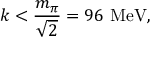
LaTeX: k < { \frac { m _ { \pi } } { \sqrt { 2 } } } = 9 6 ~ \mathrm { M e V } ,